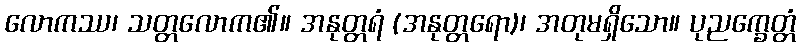
လောကဿ၊ သတ္တလောက၏။ အနုတ္တရံ (အနုတ္တရော)၊ အတုမရှိသော။ ပုညက္ခေတ္တံ